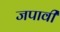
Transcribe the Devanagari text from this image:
जपावी